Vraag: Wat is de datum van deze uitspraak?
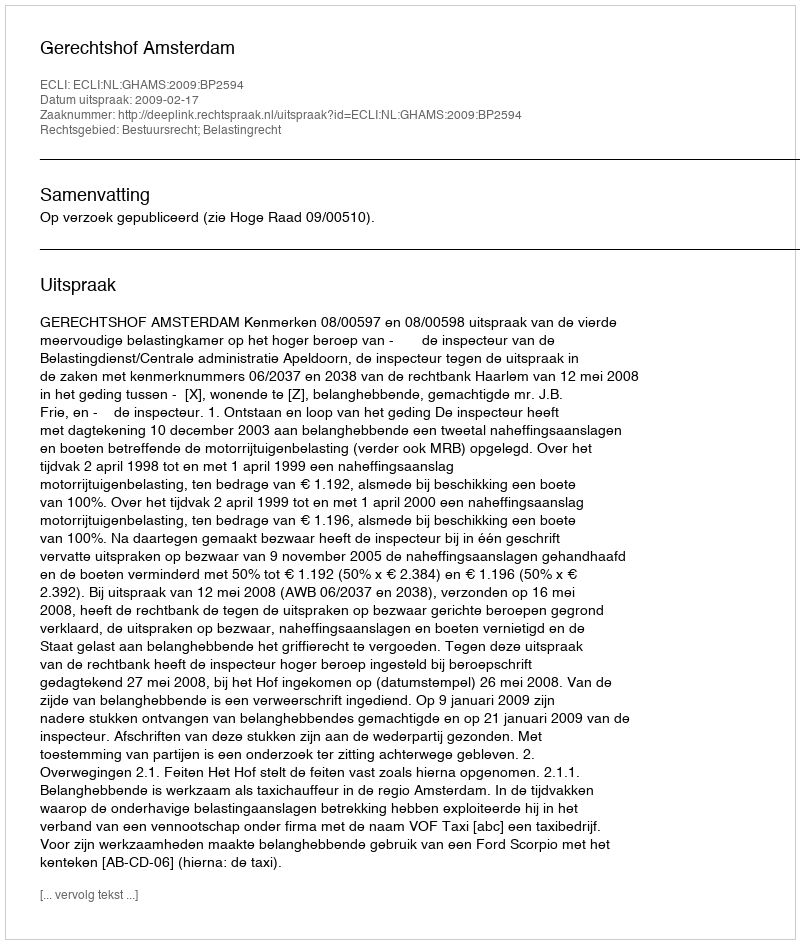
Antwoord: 2009-02-17